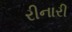
રીનારી